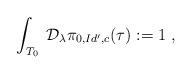
LaTeX: \begin{align*}\int_{T_0}\;\mathcal{D}_\lambda\pi_{0,Id',c}(\tau) :=1\;,\end{align*}